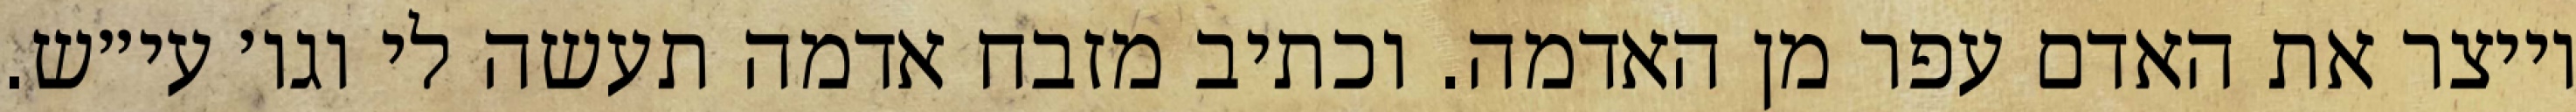
וייצר את האדם עפר מן האדמה. וכתיב מזבח אדמה תעשה לי וגו׳ עי״ש.